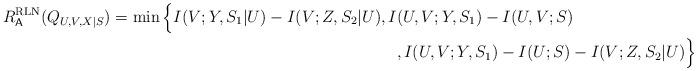
LaTeX: \begin{align*}R^\mathrm{RLN}_\mathsf{A}(Q_{U,V,X|S})=\min\Big\{I(V;Y,S_1|U)-I(V;Z,S_2|U),I&(U,V;Y,S_1)-I(U,V;S)\\&,I(U,V;Y,S_1)-I(U;S)-I(V;Z,S_2|U)\Big\}\end{align*}